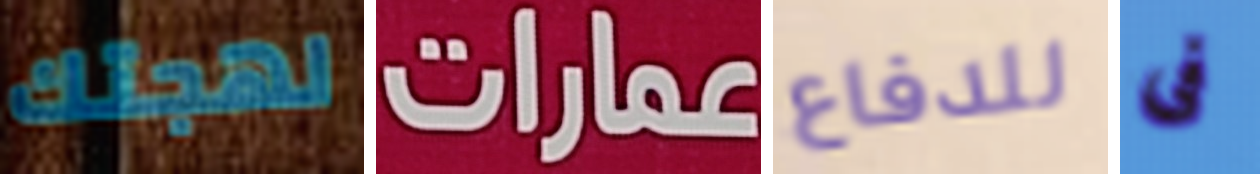
لهجتك عمارات للدفاع فى